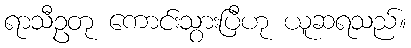
ရာသီဥတု ကောင်းသွားပြီဟု ယူဆရသည်။